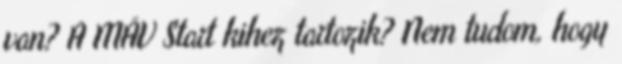
van? A MÁV Start kihez tartozik? Nem tudom, hogy